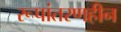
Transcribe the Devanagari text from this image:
रूपांतरणहीन